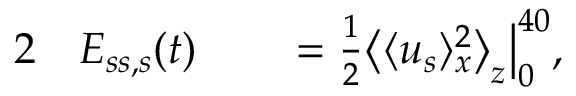
\begin{array} { r l r l } { { 2 } } & { { } E _ { s s , s } ( t ) } & { } & { { } = \frac { 1 } { 2 } \big \langle \langle u _ { s } \rangle _ { x } ^ { 2 } \big \rangle _ { z } \big | _ { 0 } ^ { 4 0 } , } \end{array}